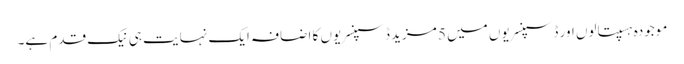
موجودہ ہسپتالوں اور ڈسپنسریوں میں 5 مزید ڈسپنسریوں کا اضافہ ایک نہایت ہی نیک قدم ہے۔